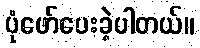
ပုံဖော်ပေးခဲ့ပါတယ်။